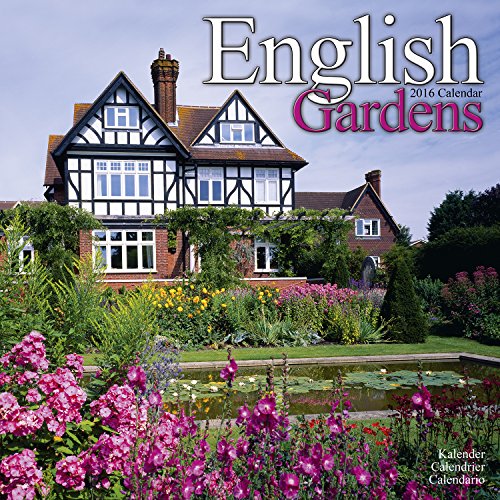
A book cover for English Gardens Calendar - 2016 Wall calendars - Garden Calendars - Flower Calendar - Monthly Wall Calendar by Avonside; MegaCalendars; Calendars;